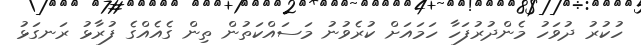
ހުކުރު ދުވަހު މެންދުރުފަހާ ހަމައަށް ކުރެވުނު މަސައްކަތުން ތިން ގެއެއްގެ ފުރާޅު ރަނގަޅު